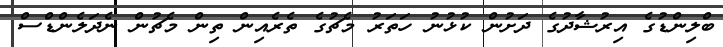
ބްލިންޑުގެ އިރުޝާދުގެ ދަށުން ކުޅުނު ހަތަރު މެޗުގެ ތެރެއިން ތިން މެޗުން ނެދަލެންޑްސް